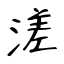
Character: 溠